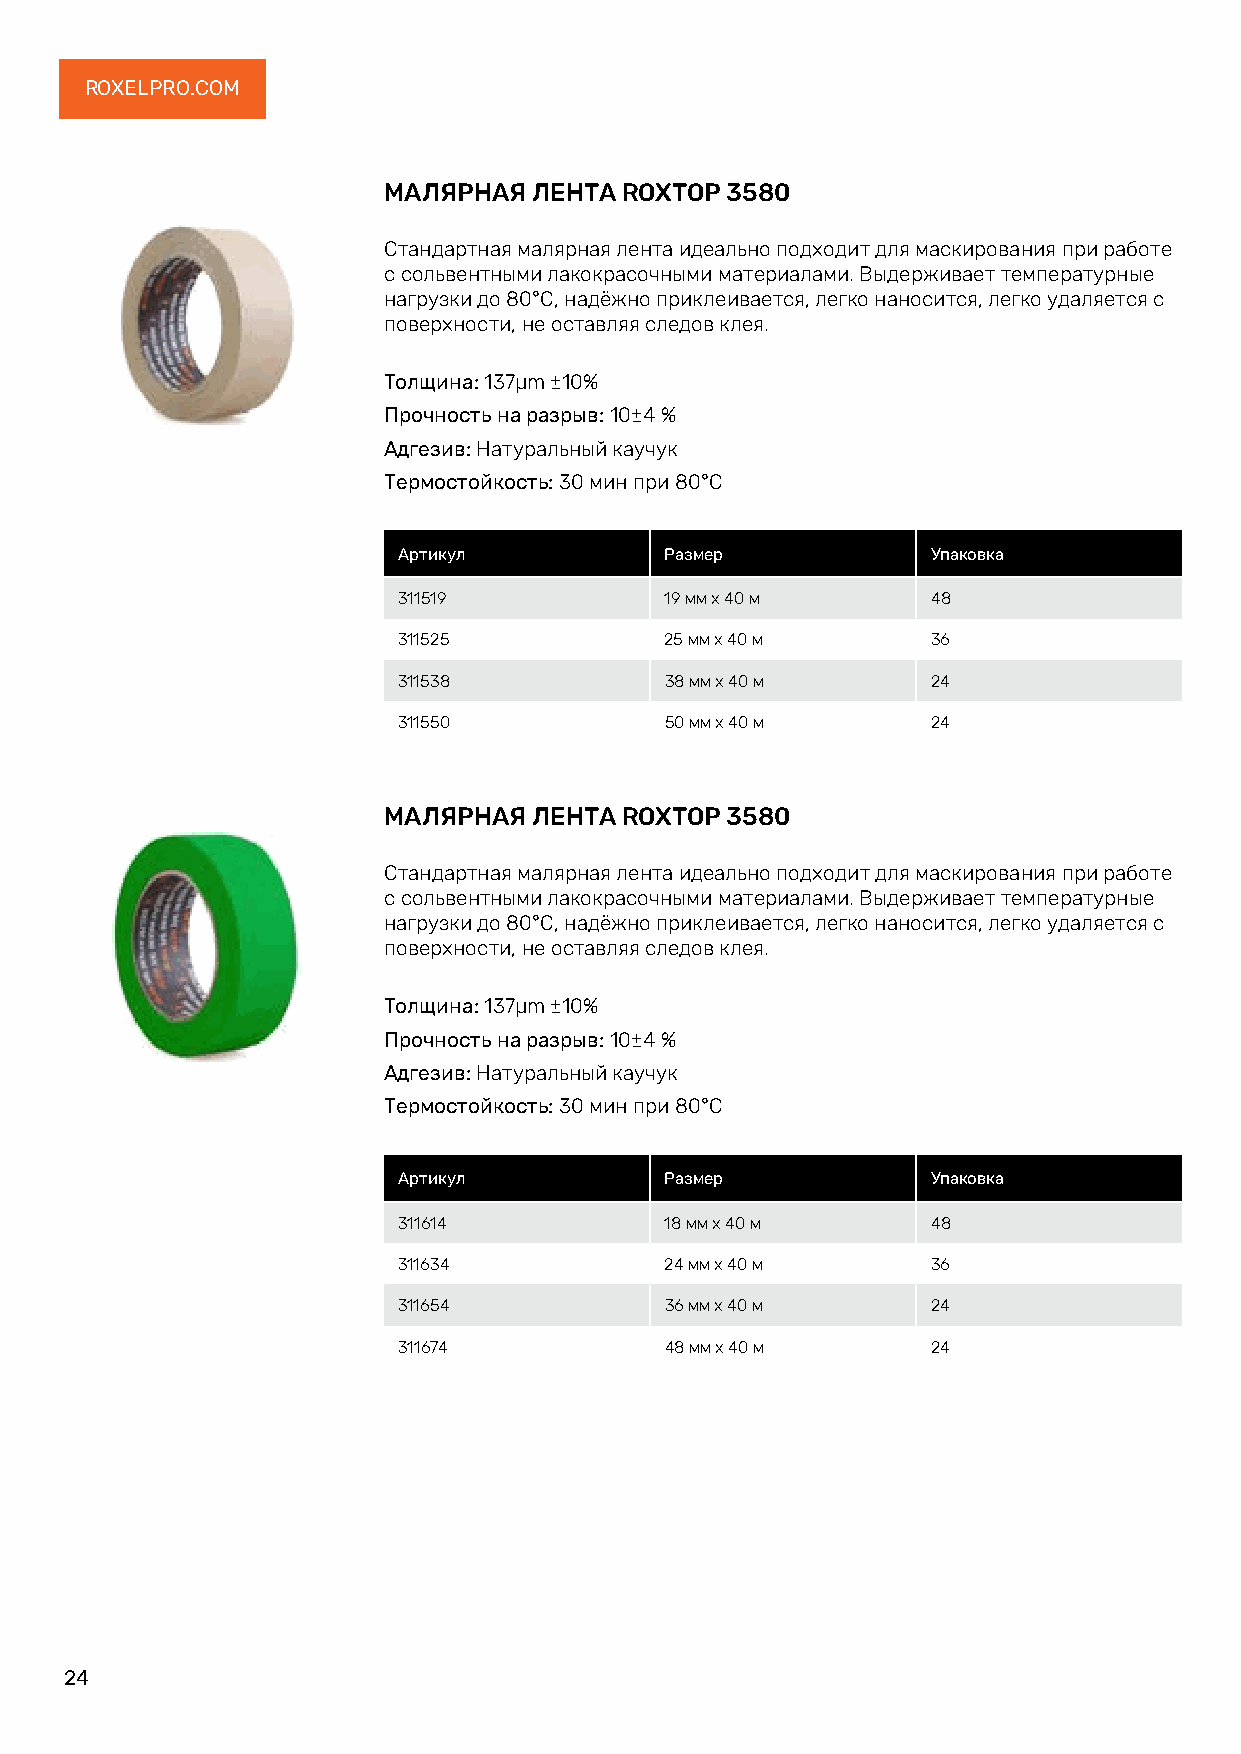
ROXELPRO.COM
 МАЛЯРНАЯ  ЛЕНТА ROXTOP 3580
 Стандартная малярная лента идеально подходит для маскирования при работе
 с сольвентными лакокрасочными материалами. Выдерживает температурные
 нагрузки до 80°С, надёжно приклеивается, легко наносится, легко удаляется с
 поверхности, не оставляя следов клея.
 Толщина: 137μm ±10%
 Прочность на разрыв: 10±4 %
 Адгезив: Натуральный каучук
 Термостойкость: 30 мин при 80°С
 Артикул           Размер            Упаковка
 311519            19 мм х 40 м      48
 311525            25 мм х 40 м      36
 311538            38 мм х 40 м      24
 311550            50 мм х 40 м      24
 МАЛЯРНАЯ  ЛЕНТА ROXTOP 3580
 Стандартная малярная лента идеально подходит для маскирования при работе
 с сольвентными лакокрасочными материалами. Выдерживает температурные
 нагрузки до 80°С, надёжно приклеивается, легко наносится, легко удаляется с
 поверхности, не оставляя следов клея.
 Толщина: 137μm ±10%
 Прочность на разрыв: 10±4 %
 Адгезив: Натуральный каучук
 Термостойкость: 30 мин при 80°С
 Артикул           Размер            Упаковка
 311614            18 мм х 40 м      48
 311634            24 мм х 40 м      36
 311654            36 мм х 40 м      24
 311674            48 мм х 40 м      24
 24